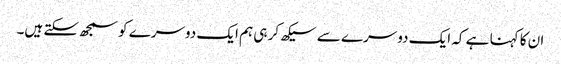
ان کا کہنا ہے کہ ایک دوسرے سے سیکھ کر ہی ہم ایک دوسرے کو سمجھ سکتے ہیں۔